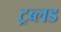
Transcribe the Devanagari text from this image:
ट्रब्लड